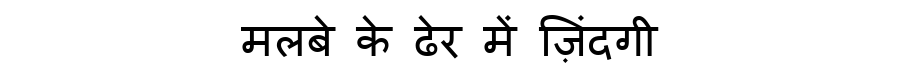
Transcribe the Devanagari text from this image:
मलबे के ढेर में ज़िंदगी